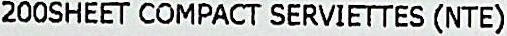
200SHEET COMPACT SERVIETTES (NTE)